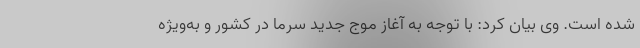
شده است. وی بیان کرد: با توجه به آغاز موج جدید سرما در کشور و به‌ویژه